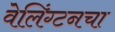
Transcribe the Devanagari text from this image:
वेलिंग्टनचा